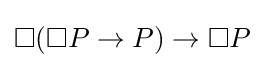
\Box (\Box P\rightarrow P)\rightarrow \Box P